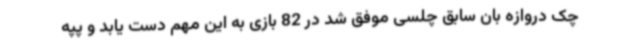
چک دروازه بان سابق چلسی موفق شد در 82 بازی به این مهم دست یابد و پپه